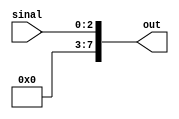
module extensor3para8(sinal, out);

	input[2:0] sinal;		
	output reg[7:0] out;

	always @(sinal)
		begin
			out[2:0] <= sinal;
			out[7:3] <= 5'b00000;
		end

endmodule